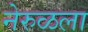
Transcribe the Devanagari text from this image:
नेरुळला